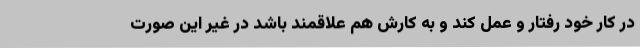
در کار خود رفتار و عمل کند و به کارش هم علاقمند باشد در غیر این صورت